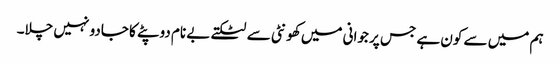
ہم میں سے کون ہے جس پر جوانی میں کھونٹی سے لٹکتے بے نام دوپٹے کا جادو نہیں چلا۔